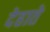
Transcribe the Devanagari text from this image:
देहाते